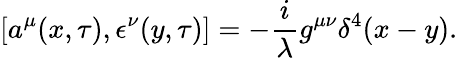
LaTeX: [a^{\mu}(x,\tau),\epsilon^{\nu}(y,\tau)]=-\frac{i}{\lambda}g^{\mu\nu}\delta^{4}(x-y).